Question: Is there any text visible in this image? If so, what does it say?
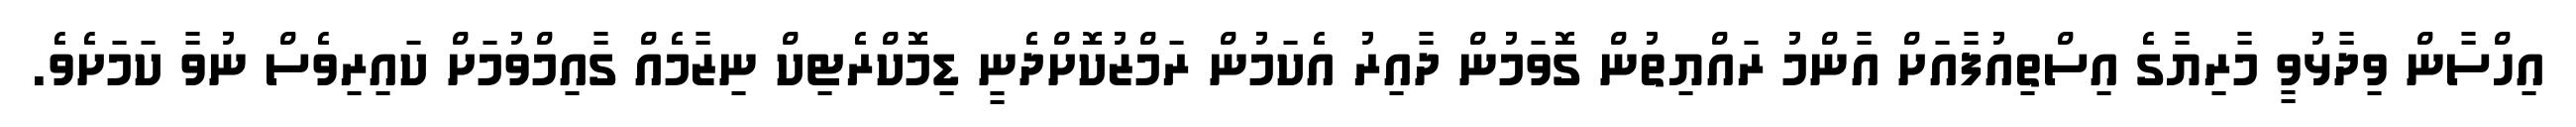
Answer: އިހްސާން ވިދާޅުވީ މާރިޔާގެ އިސްތިއުފާއަށް އާންމު ރައްޔިތުން ގޮވަމުން ދާއިރު އެކަމުން ރަމްޒުކޮށްދެނީ ޑިމޮކްރެޓިކް ނިޒާމެއް ގާއިމްވުމަށް ކައިރިވެސް ނުވާ ކަމަށެވެ.